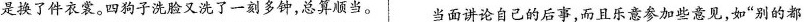
是换了件衣裳。四狗子洗脸又洗了一刻多钟，总算顺当。 当面讲论自己的后事，而且乐意参加些意见，如“别的都